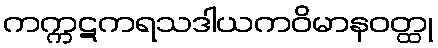
ကက္ကဋကရသဒါယကဝိမာနဝတ္ထု